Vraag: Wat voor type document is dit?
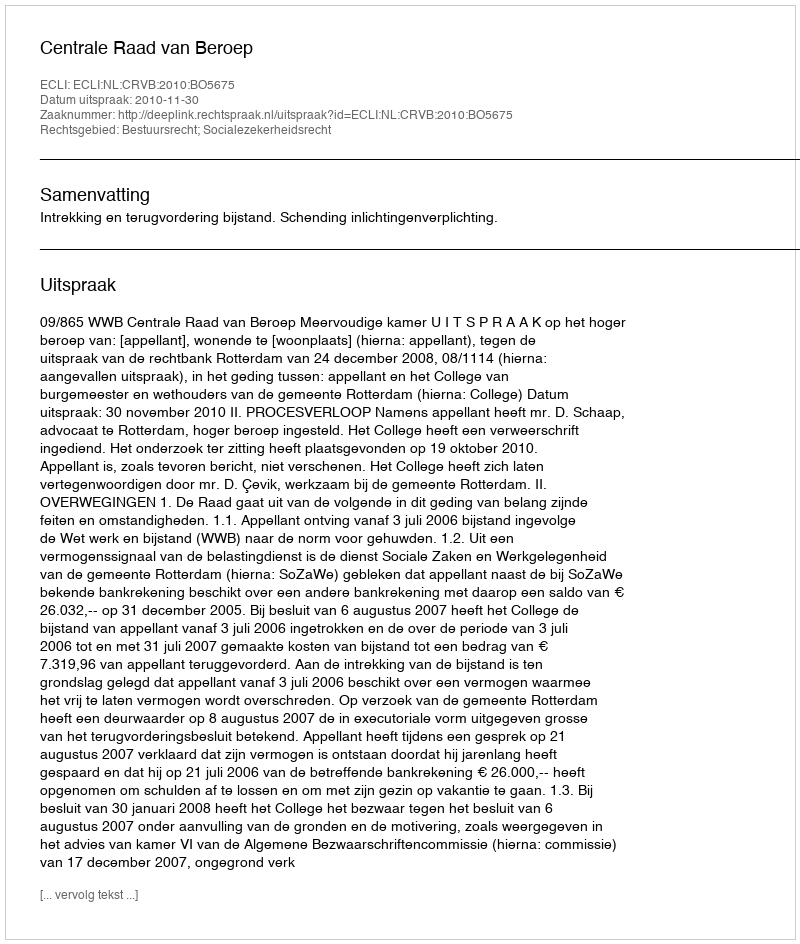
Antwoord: Uitspraak